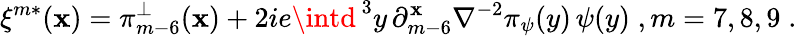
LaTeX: \xi^{m*}(\mathbf{x})=\pi_{m-6}^{\perp}(\mathbf{x})+2ie\intd^{\, 3}y\, \partial_{m-6}^{\mathbf{x}}\nabla^{-2}\pi_{\psi}(y)\, \psi(y)\; ,m=7,8,9\; .